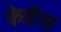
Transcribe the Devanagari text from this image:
केग्रैस